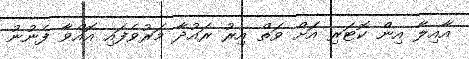
އާއިލާ އިން ކޮޓަރި އަށް ވަތް އިރު ރައުދާ މަރުވެފައި އޮއްވާ ފެނުނު